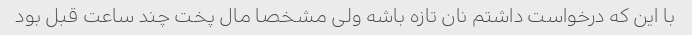
با این که درخواست داشتم نان تازه باشه ولی مشخصا مال پخت چند ساعت قبل بود